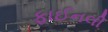
ફાઈનલી